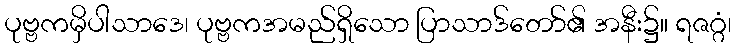
ပုဗ္ဗကမှိပါသာဒေ၊ ပုဗ္ဗကအမည်ရှိသော ပြာသာဒ်တော်၏ အနီး၌။ ရဇဂ္ဂံ၊